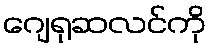
ဂျေရုဆလင်ကို